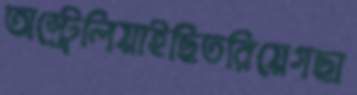
অস্ট্রেলিয়াইছিতরিয়েগছা